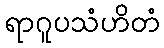
ရာဂူပသံဟိတံ